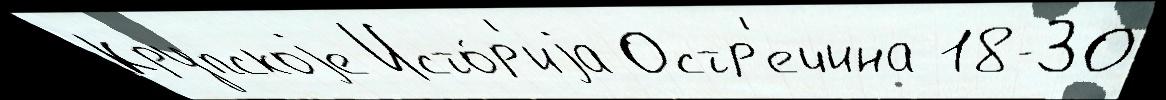
Крупскоjе Исто́р'иjа Остр'ечина 18-ЗО